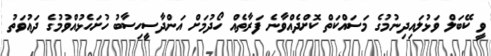
ވީ ކޭބަލް ވަޅުލައިދިނުމުގެ މަސައްކަތް ކޮށްދެއްވާނެ ފަރާތެއް ހޯދުމަށް އަންދާސީހިސާބު ހުށަހެޅުއްވުމުގެ ދަޢުވަތު